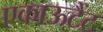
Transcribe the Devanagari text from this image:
एकाऊटैंट